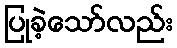
ပြုခဲ့သော်လည်း